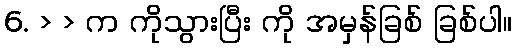
6. > > က ကိုသွားပြီး ကို အမှန်ခြစ် ခြစ်ပါ။